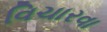
વિચારવા